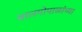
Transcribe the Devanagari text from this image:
बालगोपाळांच्या